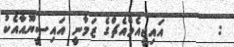
:       އައިޖީއެމްއެޗްގެ ޒަމާނީ އައިސީޔޫއާއެކު